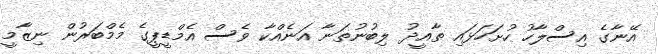
އޭނާގެ އިސްލާހު ހުށަހަޅައި ތާއީދު ލިބުނުތަނާ އަނެއްކާ ވެސް އެމްޑީޕީގެ މެމްބަރުން ނިޒާމީ